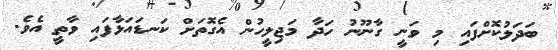
ބަދަލުކޮށްފައި މި ވަނީ ގާނޫނު ހަދާ މަޖިލީހުން އެގޮތަށް ކަނޑައަޅާފައި ވާތީ އެވެ.